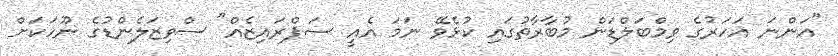
"އަންނަ އަހަރުގެ ވިމްބަލްޑަން މުބާރާތުގައި ކުޅެވޭ ނަމަ އެއީ ސަޕްރައިޒެއް" ސްވިޒަލެންޑުގެ ނޫހަކަށް